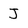
Character: J